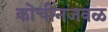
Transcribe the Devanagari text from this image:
कोचीनजवळ